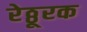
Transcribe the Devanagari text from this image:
रेठ्ठूरक